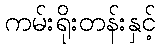
ကမ်းရိုးတန်းနှင့်